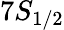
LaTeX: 7S_{1/2}